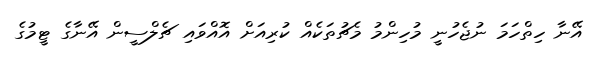
އޭނާ ހިތްހަމަ ނުޖެހުނީ މުހިންމު މެޗުތަކެއް ކުރިއަށް އޮއްވައި ޗެލްސީން އޭނާގެ ޓީމުގެ